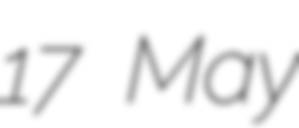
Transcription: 17 May